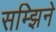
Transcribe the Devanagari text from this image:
सम्झिने